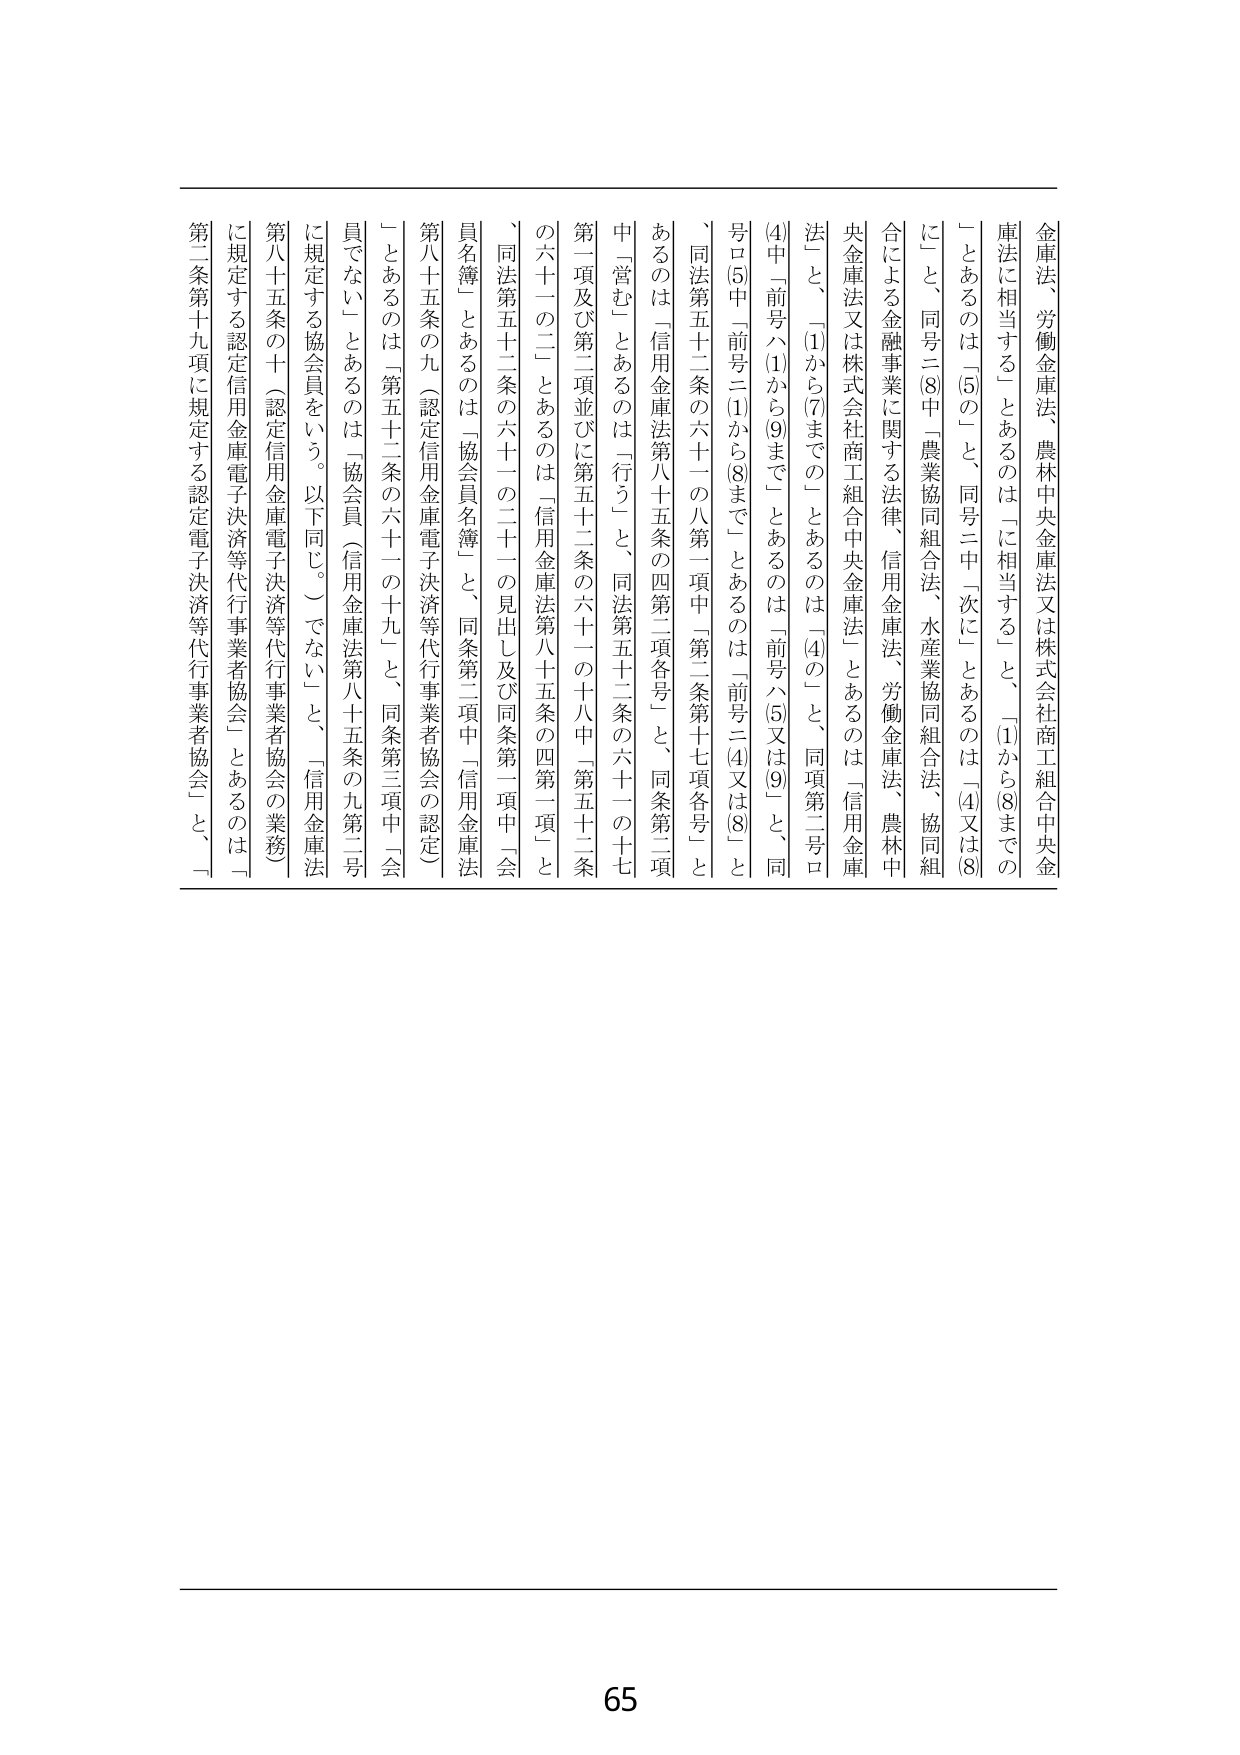
金庫法、労働金庫法、農林中央金庫法又は株式会社商工組合中央金庫法に相当する」とあるのは「に相当する」と、(1)から(8)までの「」とあるのは「(5)の」と、同号二中「次に」とあるのは「(4)又は(8)に」と、同号二(8)中「農業協同組合法、水産業協同組合法、協同組合による金融事業に関する法律、信用金庫法、労働金庫法、農林中央金庫法又は株式会社商工組合中央金庫法」とあるのは「信用金庫法」と、「(1)から(7)までの」とあるのは「(4)の」と、同項第二号ロ(4)中「前号ハ(1)から(9)まで」とあるのは「前号ハ(5)又は(9)」と、同号ロ(5)中「前号二(1)から(8)まで」とあるのは「前号二(4)又は(8)」と、同法第五十二条の六十一の八第一項中「第二条第十七項各号」とあるのは「信用金庫法第八十五条の四第二項各号」と、同条第二項中「営む」とあるのは「行う」と、同法第五十二条の六十一の十七第一項及び第二項並びに第五十二条の六十一の十八中「第五十二条の六十一の二」とあるのは「信用金庫法第八十五条の四第一項」と、同法第五十二条の六十一の二十一の見出し及び同条第一項中「会員名簿」とあるのは「協会員名簿」と、同条第二項中「信用金庫法第八十五条の九（認定信用金庫電子決済等代行事業者協会の認定）」とあるのは「第五十二条の六十一の十九」と、同条第三項中「会員でない」とあるのは「協会員（信用金庫法第八十五条の九第二号に規定する協会員をいう。以下同じ。）でない」と、「信用金庫法第八十五条の十（認定信用金庫電子決済等代行事業者協会の業務）に規定する認定信用金庫電子決済等代行事業者協会」とあるのは「第二条第十九項に規定する認定電子決済等代行事業者協会」と、